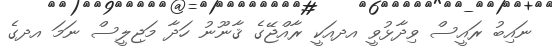
ނައިބު ރައީސް ވިދާޅުވީ އދއަކީ ރާއްޖޭގެ ޤާނޫނު ހަދާ މަޖިލީސް ނަމަ އދގެ